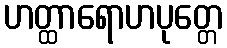
ဟတ္ထာရောဟပုတ္တေ